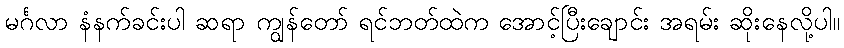
မင်္ဂလာ နံနက်ခင်းပါ ဆရာ ကျွန်တော် ရင်ဘတ်ထဲက အောင့်ပြီးချောင်း အရမ်း ဆိုးနေလို့ပါ။